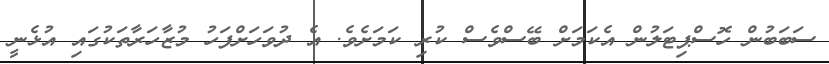
ސަބަބުން ހޮސްޕިޓަލުން އެކަމަށް ބޭސްވެސް ކުރި ކަމަށެވެ. އެ ދުވަހަށްފަހު މުޒާހަރާތަކުގައި އުޅެނީ